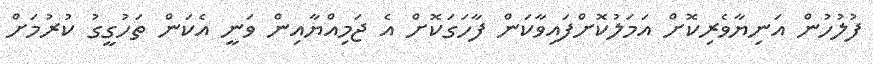
ފުލުހުން އަނިޔާވެރިކޮށް އަމަލުކޮށްފައިވާކަން ފާހަގަކޮށް އެ ޖަމިއްޔާއިން ވަނީ އެކަން ތަހުގީގު ކުރުމަށް